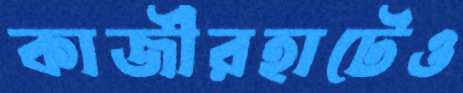
কাজীরহাটেও